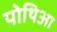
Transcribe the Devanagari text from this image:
पोथिआ